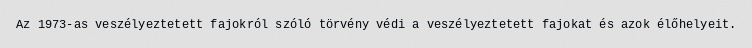
Az 1973-as veszélyeztetett fajokról szóló törvény védi a veszélyeztetett fajokat és azok élőhelyeit.